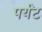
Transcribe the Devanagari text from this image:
पर्यंट